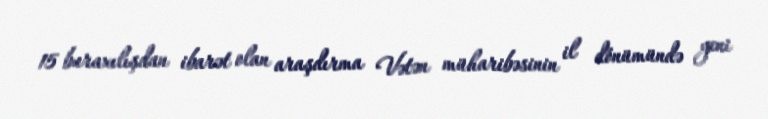
15 buraxılışdan ibarət olan araşdırma Vətən müharibəsinin il dönümündə yeni